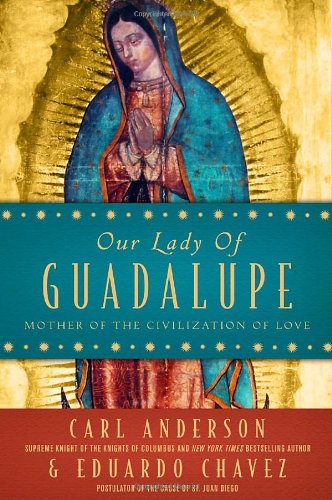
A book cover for Our Lady of Guadalupe: Mother of the Civilization of Love; Carl Anderson; History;